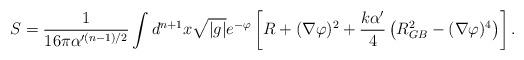
LaTeX: \begin{align*}S={1\over16\pi \alpha'^{(n-1)/2}}\int d^{n+1}x \sqrt{|g|}e^{-\varphi} \left[ R+ (\nabla\varphi)^2+{k\alpha' \over 4} \left(R^2_{GB} - (\nabla\varphi)^4\right)\right] . \end{align*}